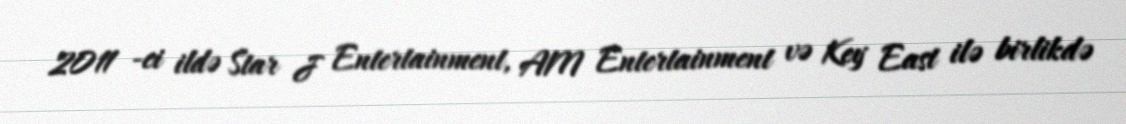
2011 -ci ildə Star J Entertainment, AM Entertainment və Key East ilə birlikdə